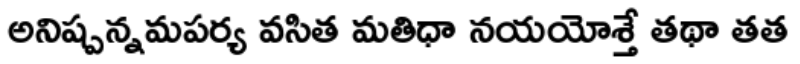
అనిష్పన్నమపర్య వసిత మతిధా నయయోశ్తే తథా తత